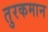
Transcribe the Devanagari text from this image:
तुरकमान